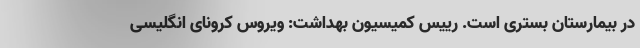
در بیمارستان بستری است. رییس کمیسیون بهداشت: ویروس کرونای انگلیسی